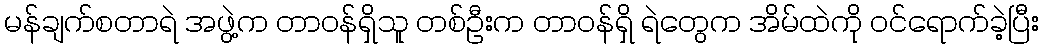
မန်ချက်စတာရဲ အဖွဲ့က တာဝန်ရှိသူ တစ်ဦးက တာဝန်ရှိ ရဲတွေက အိမ်ထဲကို ဝင်ရောက်ခဲ့ပြီး